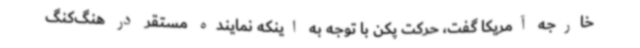
خارجه آمریکا گفت، حرکت پکن با توجه به اینکه نماینده مستقر در هنگ‌کنگ